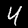
Label: 4